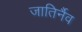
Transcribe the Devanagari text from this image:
जातिर्नैव